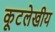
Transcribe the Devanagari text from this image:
कूटलेखीय